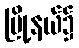
မြို့နယ်၌